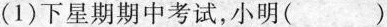
(1)下星期期中考试，小明( )